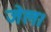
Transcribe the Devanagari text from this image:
जेल।